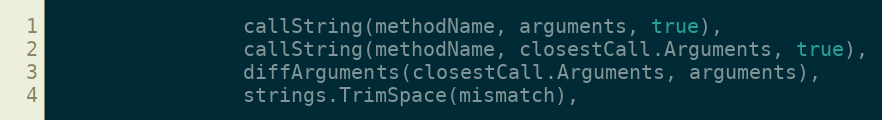
Language: Go
				callString(methodName, arguments, true),
				callString(methodName, closestCall.Arguments, true),
				diffArguments(closestCall.Arguments, arguments),
				strings.TrimSpace(mismatch),